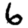
Digit: 6